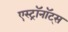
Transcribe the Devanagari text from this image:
एस्ट्राॅनाॅट्स